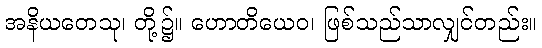
အနိယတေသု၊ တို့၌။ ဟောတိယေဝ၊ ဖြစ်သည်သာလျှင်တည်း။